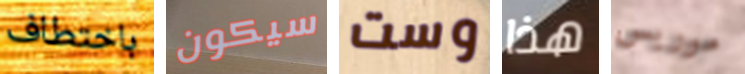
باختطاف سيكون وست هذا موريس